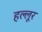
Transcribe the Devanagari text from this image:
हल्लूर